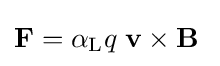
\mathbf {F} =\alpha _{\rm {L}}q\;\mathbf {v} \times \mathbf {B} \;